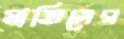
মাতিসের